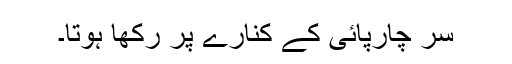
سر چارپائی کے کنارے پر رکھا ہوتا۔